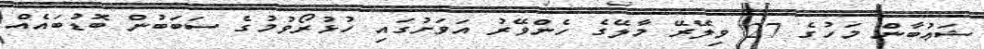
ޝަޢުބާން މަހުގެ 27 ވިލޭރޭ މާލޭގެ ހެންވޭރު އަވަށުގައި ހުޅުރޯވުމުގެ ސަބަބުން ބޮޑުބައެއް